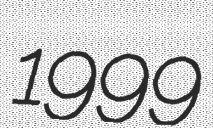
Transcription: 1999